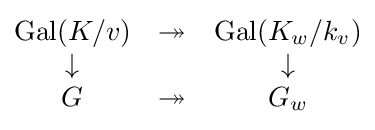
{\begin{matrix}\operatorname {Gal} (K/v)&\twoheadrightarrow &\operatorname {Gal} (K_{w}/k_{v})\\\downarrow &&\downarrow \\G&\twoheadrightarrow &G_{w}\end{matrix}}